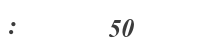
:      50